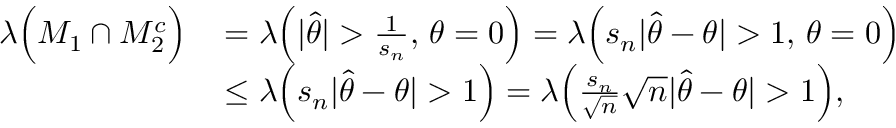
\begin{array} { r l } { \lambda \Big ( M _ { 1 } \cap M _ { 2 } ^ { c } \Big ) \thinspace } & { = \lambda \Big ( | { \hat { \theta } } | > \frac { 1 } { s _ { n } } , \thinspace \theta = 0 \Big ) = \lambda \Big ( s _ { n } | { \hat { \theta } - \theta } | > 1 , \thinspace \theta = 0 \Big ) } \\ & { \leq \lambda \Big ( s _ { n } | { \hat { \theta } - \theta } | > 1 \Big ) = \lambda \Big ( \frac { s _ { n } } { \sqrt { n } } \sqrt { n } | { \hat { \theta } - \theta } | > 1 \Big ) , } \end{array}